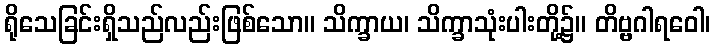
ရိုသေခြင်းရှိသည်လည်းဖြစ်သော။ သိက္ခာယ၊ သိက္ခာသုံးပါးတို့၌။ တိဗ္ဗဂါရဝေါ၊